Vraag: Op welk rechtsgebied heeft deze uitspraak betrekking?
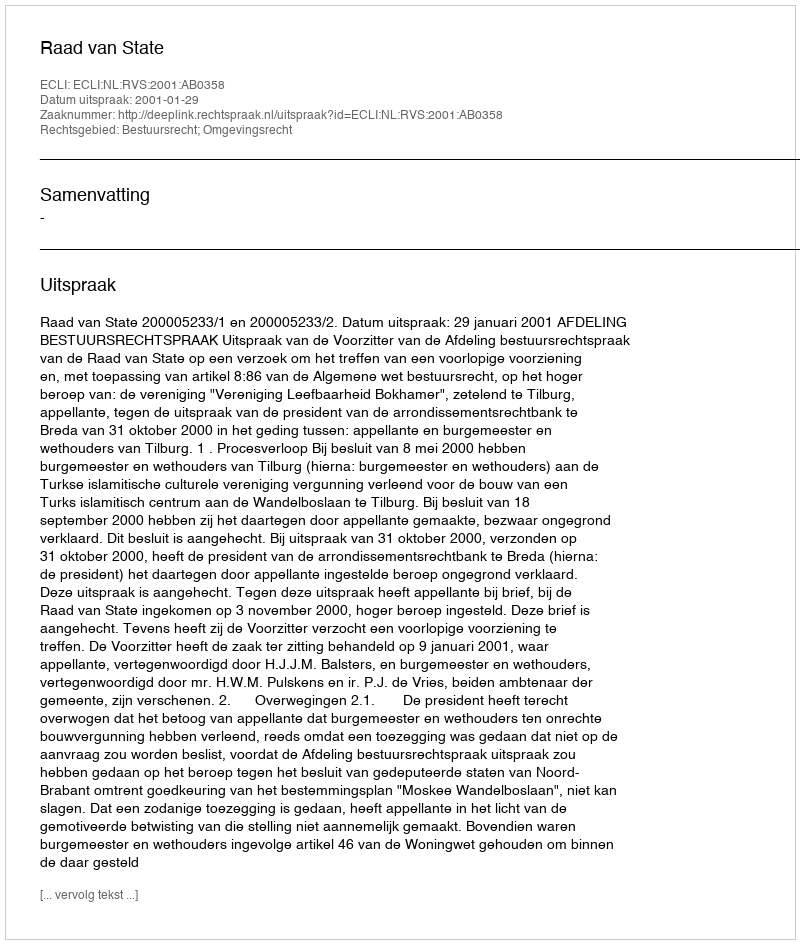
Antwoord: Bestuursrecht; Omgevingsrecht